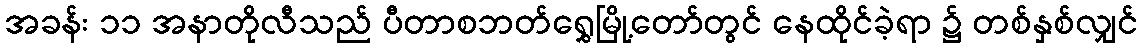
အခန်း ၁၁ အနာတိုလီသည် ပီတာစဘတ်ရွှေမြို့တော်တွင် နေထိုင်ခဲ့ရာ ၌ တစ်နှစ်လျှင်